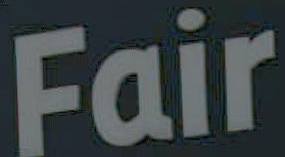
Fair